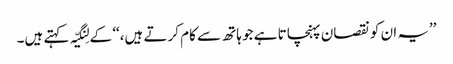
’’یہ ان کو نقصان پہنچاتا ہے جو ہاتھ سے کام کرتے ہیں،‘‘ کے لِنگیّہ کہتے ہیں۔